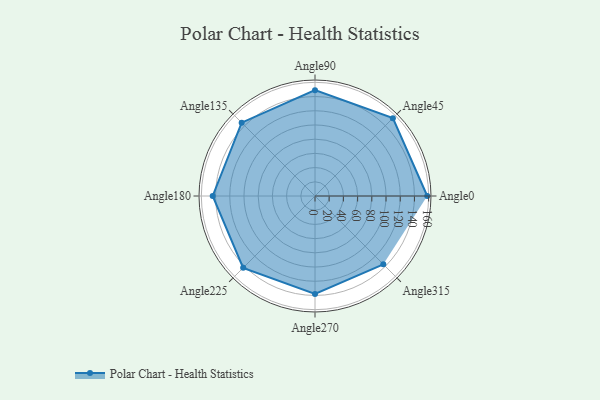
{"axis": {"x": "Angle", "y": "Radius"}, "legend": [""], "data": [{"x": "Angle0", "y": 158.0, "type": ""}, {"x": "Angle45", "y": 155.0, "type": ""}, {"x": "Angle90", "y": 149.0, "type": ""}, {"x": "Angle135", "y": 146.0, "type": ""}, {"x": "Angle180", "y": 144.0, "type": ""}, {"x": "Angle225", "y": 143.0, "type": ""}, {"x": "Angle270", "y": 138.0, "type": ""}, {"x": "Angle315", "y": 136.0, "type": ""}]}